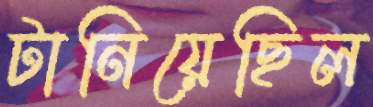
টানিয়েছিল